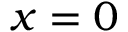
x = 0